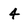
Character: 4